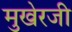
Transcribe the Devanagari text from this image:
मुखेरजी